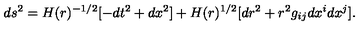
d s ^ { 2 } = H ( r ) ^ { - 1 / 2 } [ - d t ^ { 2 } + d x ^ { 2 } ] + H ( r ) ^ { 1 / 2 } [ d r ^ { 2 } + r ^ { 2 } g _ { i j } d x ^ { i } d x ^ { j } ] .